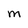
Character: M